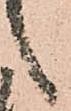
之